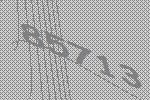
85713